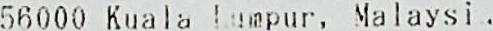
56000 KUALA LUMPUR, MALAYSI .